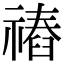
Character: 䄝